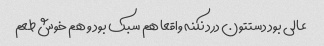
عالی بود دستتون درد نکنه واقعا هم سبک بود و هم خوش طعم